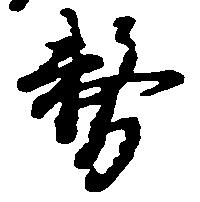
務